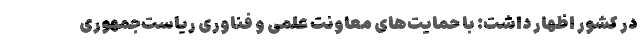
در كشور اظهار داشت: با حمایت‌‌های معاونت علمی و فناوری ریاست‌جمهوری